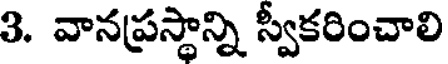
3. వానప్రస్థాన్ని స్వీకరించాలి